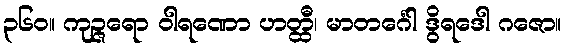
၃၆၀။ ကုဉ္ဇရော ဝါရဏော ဟတ္ထီ၊ မာတင်္ဂေါ ဒွိရဒေါ ဂဇော။